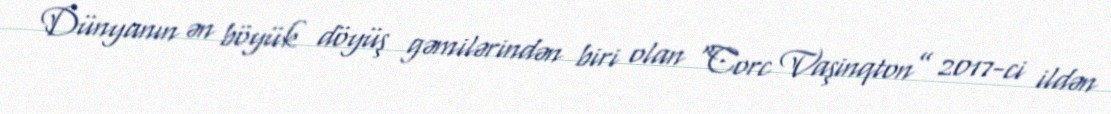
Dünyanın ən böyük döyüş gəmilərindən biri olan “Corc Vaşinqton” 2017-ci ildən